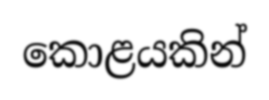
කොළයකින්